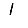
Digit: 1